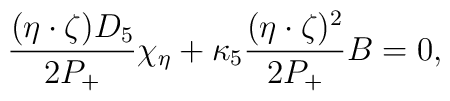
\frac{(\eta\cdot\zeta) D_5}{2P_+}\chi_\eta +\kappa_5\frac{(\eta\cdot\zeta)^2}{2P_+}B= 0,